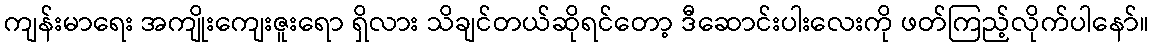
ကျန်းမာရေး အကျိုးကျေးဇူးရော ရှိလား သိချင်တယ်ဆိုရင်တော့ ဒီဆောင်းပါးလေးကို ဖတ်ကြည့်လိုက်ပါနော်။